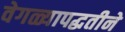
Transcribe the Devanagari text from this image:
वेगळ्यापद्धतीने